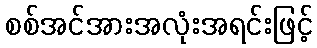
စစ်အင်အားအလုံးအရင်းဖြင့်